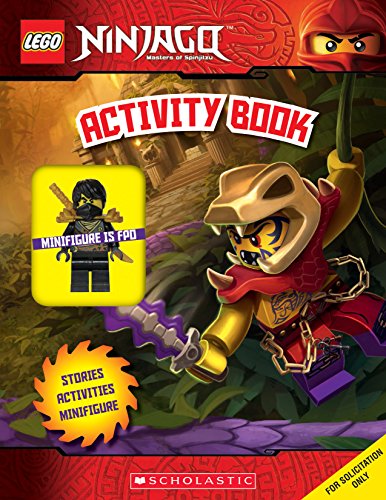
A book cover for Activity Book with Minifigure (LEGO Ninjago: Activity Book with Minifigure); Ameet Studio; Children's Books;